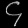
Digit: ၄